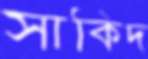
সাকিদ